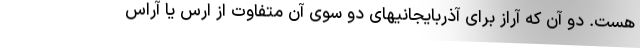
هست. دو آن که آراز برای آذربایجانیهای دو سوی آن متفاوت از ارس یا آراس